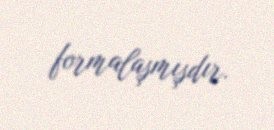
formalaşmışdır.